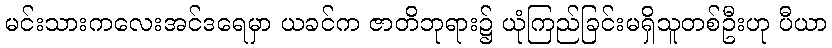
မင်းသားကလေးအင်ဒရေမှာ ယခင်က ဇာတိဘုရား၌ ယုံကြည်ခြင်းမရှိသူတစ်ဦးဟု ပီယာ